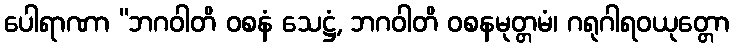
ပေါရာဏာ “ဘဂဝါတိ ဝစနံ သေဋ္ဌံ, ဘဂဝါတိ ဝစနမုတ္တမံ၊ ဂရုဂါရဝယုတ္တော